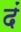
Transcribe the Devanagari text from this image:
दं